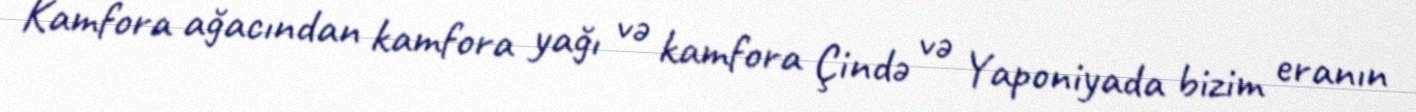
Kamfora ağacından kamfora yağı və kamfora Çində və Yaponiyada bizim eranın